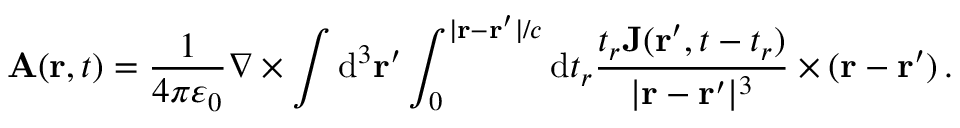
\mathbf { A } ( \mathbf { r } , t ) = { \frac { 1 } { 4 \pi \varepsilon _ { 0 } } } \nabla \times \int \mathrm { d } ^ { 3 } \mathbf { r ^ { \prime } } \int _ { 0 } ^ { | \mathbf { r } - \mathbf { r } ^ { \prime } | / c } \mathrm { d } t _ { r } { \frac { t _ { r } \mathbf { J } ( \mathbf { r ^ { \prime } } , t - t _ { r } ) } { | \mathbf { r } - \mathbf { r } ^ { \prime } | ^ { 3 } } } \times ( \mathbf { r } - \mathbf { r } ^ { \prime } ) \, .